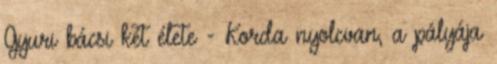
Gyuri bácsi két élete - Korda nyolcvan, a pályája